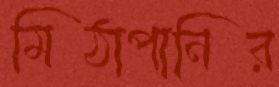
মিঠাপানির